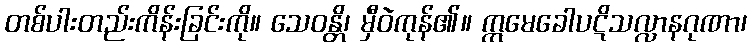
တစ်ပါးတည်းကိန်းခြင်းကို။ သေဝန္တိ၊ မှီဝဲကုန်၏။ ဣမေခေါပဋိသလ္လာနဂုဏာ၊